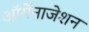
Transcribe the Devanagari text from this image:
ऑर्गेनाजेशन